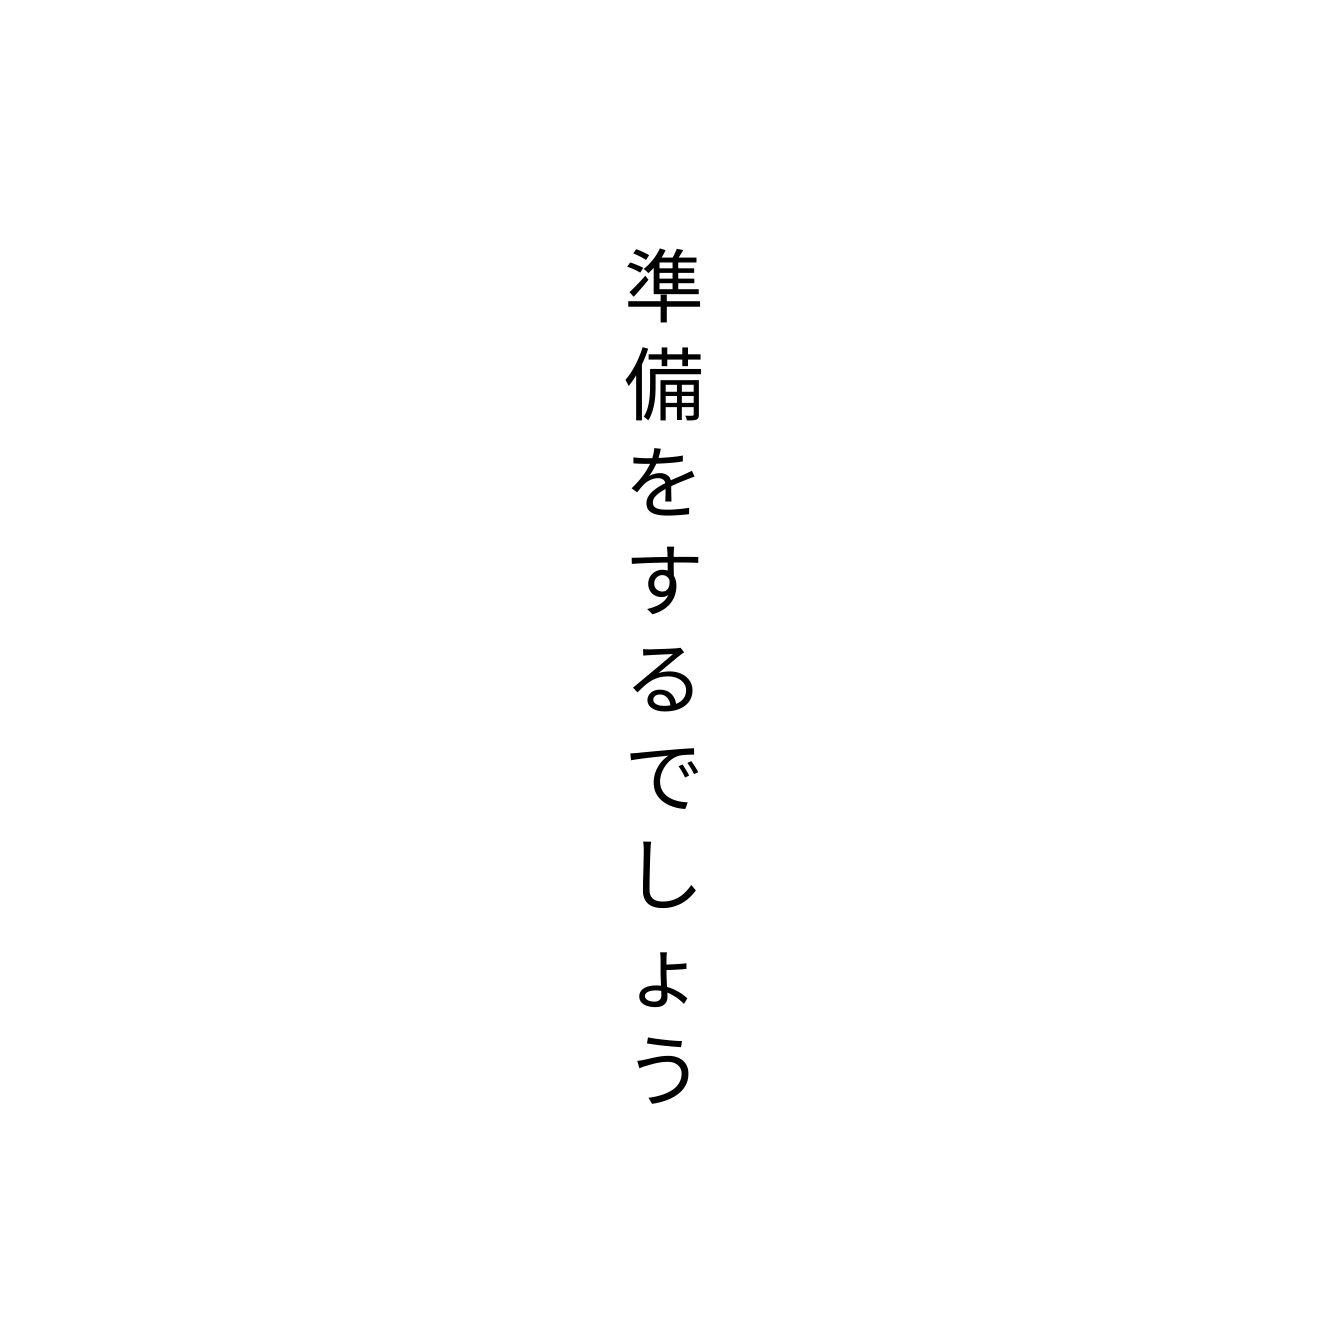
準備をするでしょう